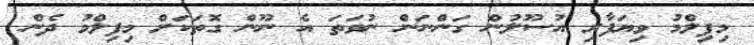
މިފިލްމު ވިޔަފާރި އުސޫލުން ގަންނަން ނުވަތަ އެ ނޫން ގޮތަކަށް މިފިލްމު ދެން